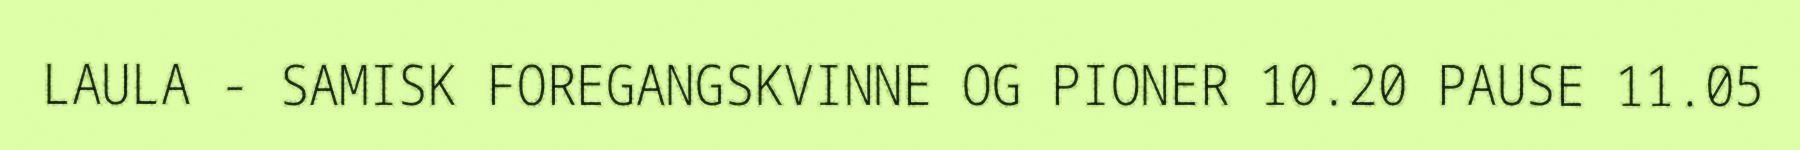
LAULA - SAMISK FOREGANGSKVINNE OG PIONER 10.20 PAUSE 11.05